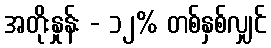
အတိုးနှုန်း - ၁၂% တစ်နှစ်လျှင်